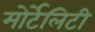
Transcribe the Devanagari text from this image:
मोर्टेलिटी